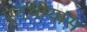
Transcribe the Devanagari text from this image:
एनथीयास